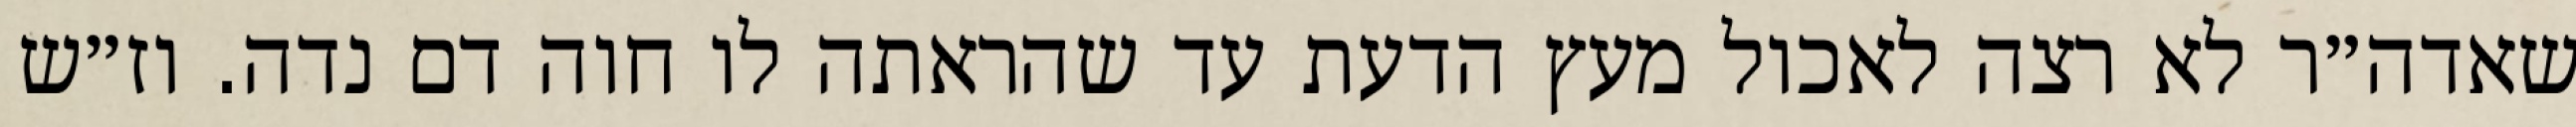
שאדה״ר לא רצה לאכול מעץ הדעת עד שהראתה לו חוה דם נדה. וז״ש